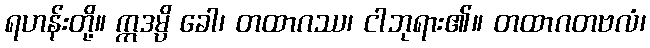
ရဟန်းတို့။ ဣဒမ္ပိ ခေါ၊ တထာဂဿ၊ ငါဘုရား၏။ တထာဂတဗလံ၊